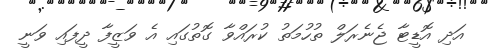
އަދި އޮޑީޓާ ޖެނެރަލް ތުހުމަތު ކުރައްވާ ގޮތުގައި އެ ވަޒީފާ ދީފައި ވަނީ